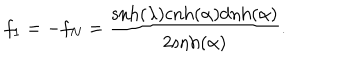
f _ { 1 } = - f _ { N } = \frac { \mathrm { s n h } ( \lambda ) \mathrm { c n h } ( \alpha ) \mathrm { d n h } ( \alpha ) } { 2 \mathrm { s n h } ( \alpha ) } .